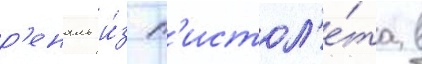
р'еналь и́з п'истол'е́та в